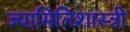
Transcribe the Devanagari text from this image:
ज्यामितिशास्त्री